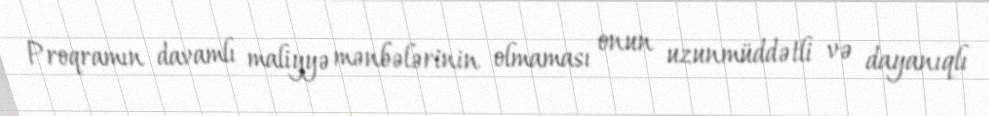
Proqramın davamlı maliyyə mənbələrinin olmaması onun uzunmüddətli və dayanıqlı